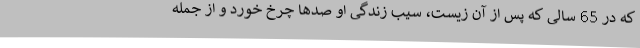
که در 65 سالی که پس از آن زیست، سیب زندگی او صدها چرخ خورد و از جمله